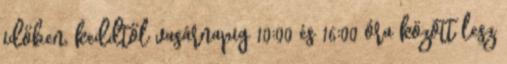
időben, keddtől vasárnapig 10:00 és 16:00 óra között lesz